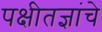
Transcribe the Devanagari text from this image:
पक्षीतज्ञांचे